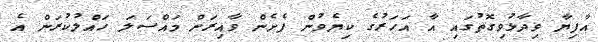
އާފިޔާ ވިދާޅުވިގޮތުގައި އާ އަހަރުގެ ކިޔެވުން ފެށެން ވާއިރަށް މައްސަލަ ހައްލުކުރަން އެ